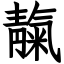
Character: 靝